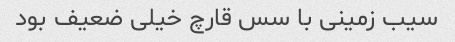
سیب زمینی با سس قارچ خیلی ضعیف بود